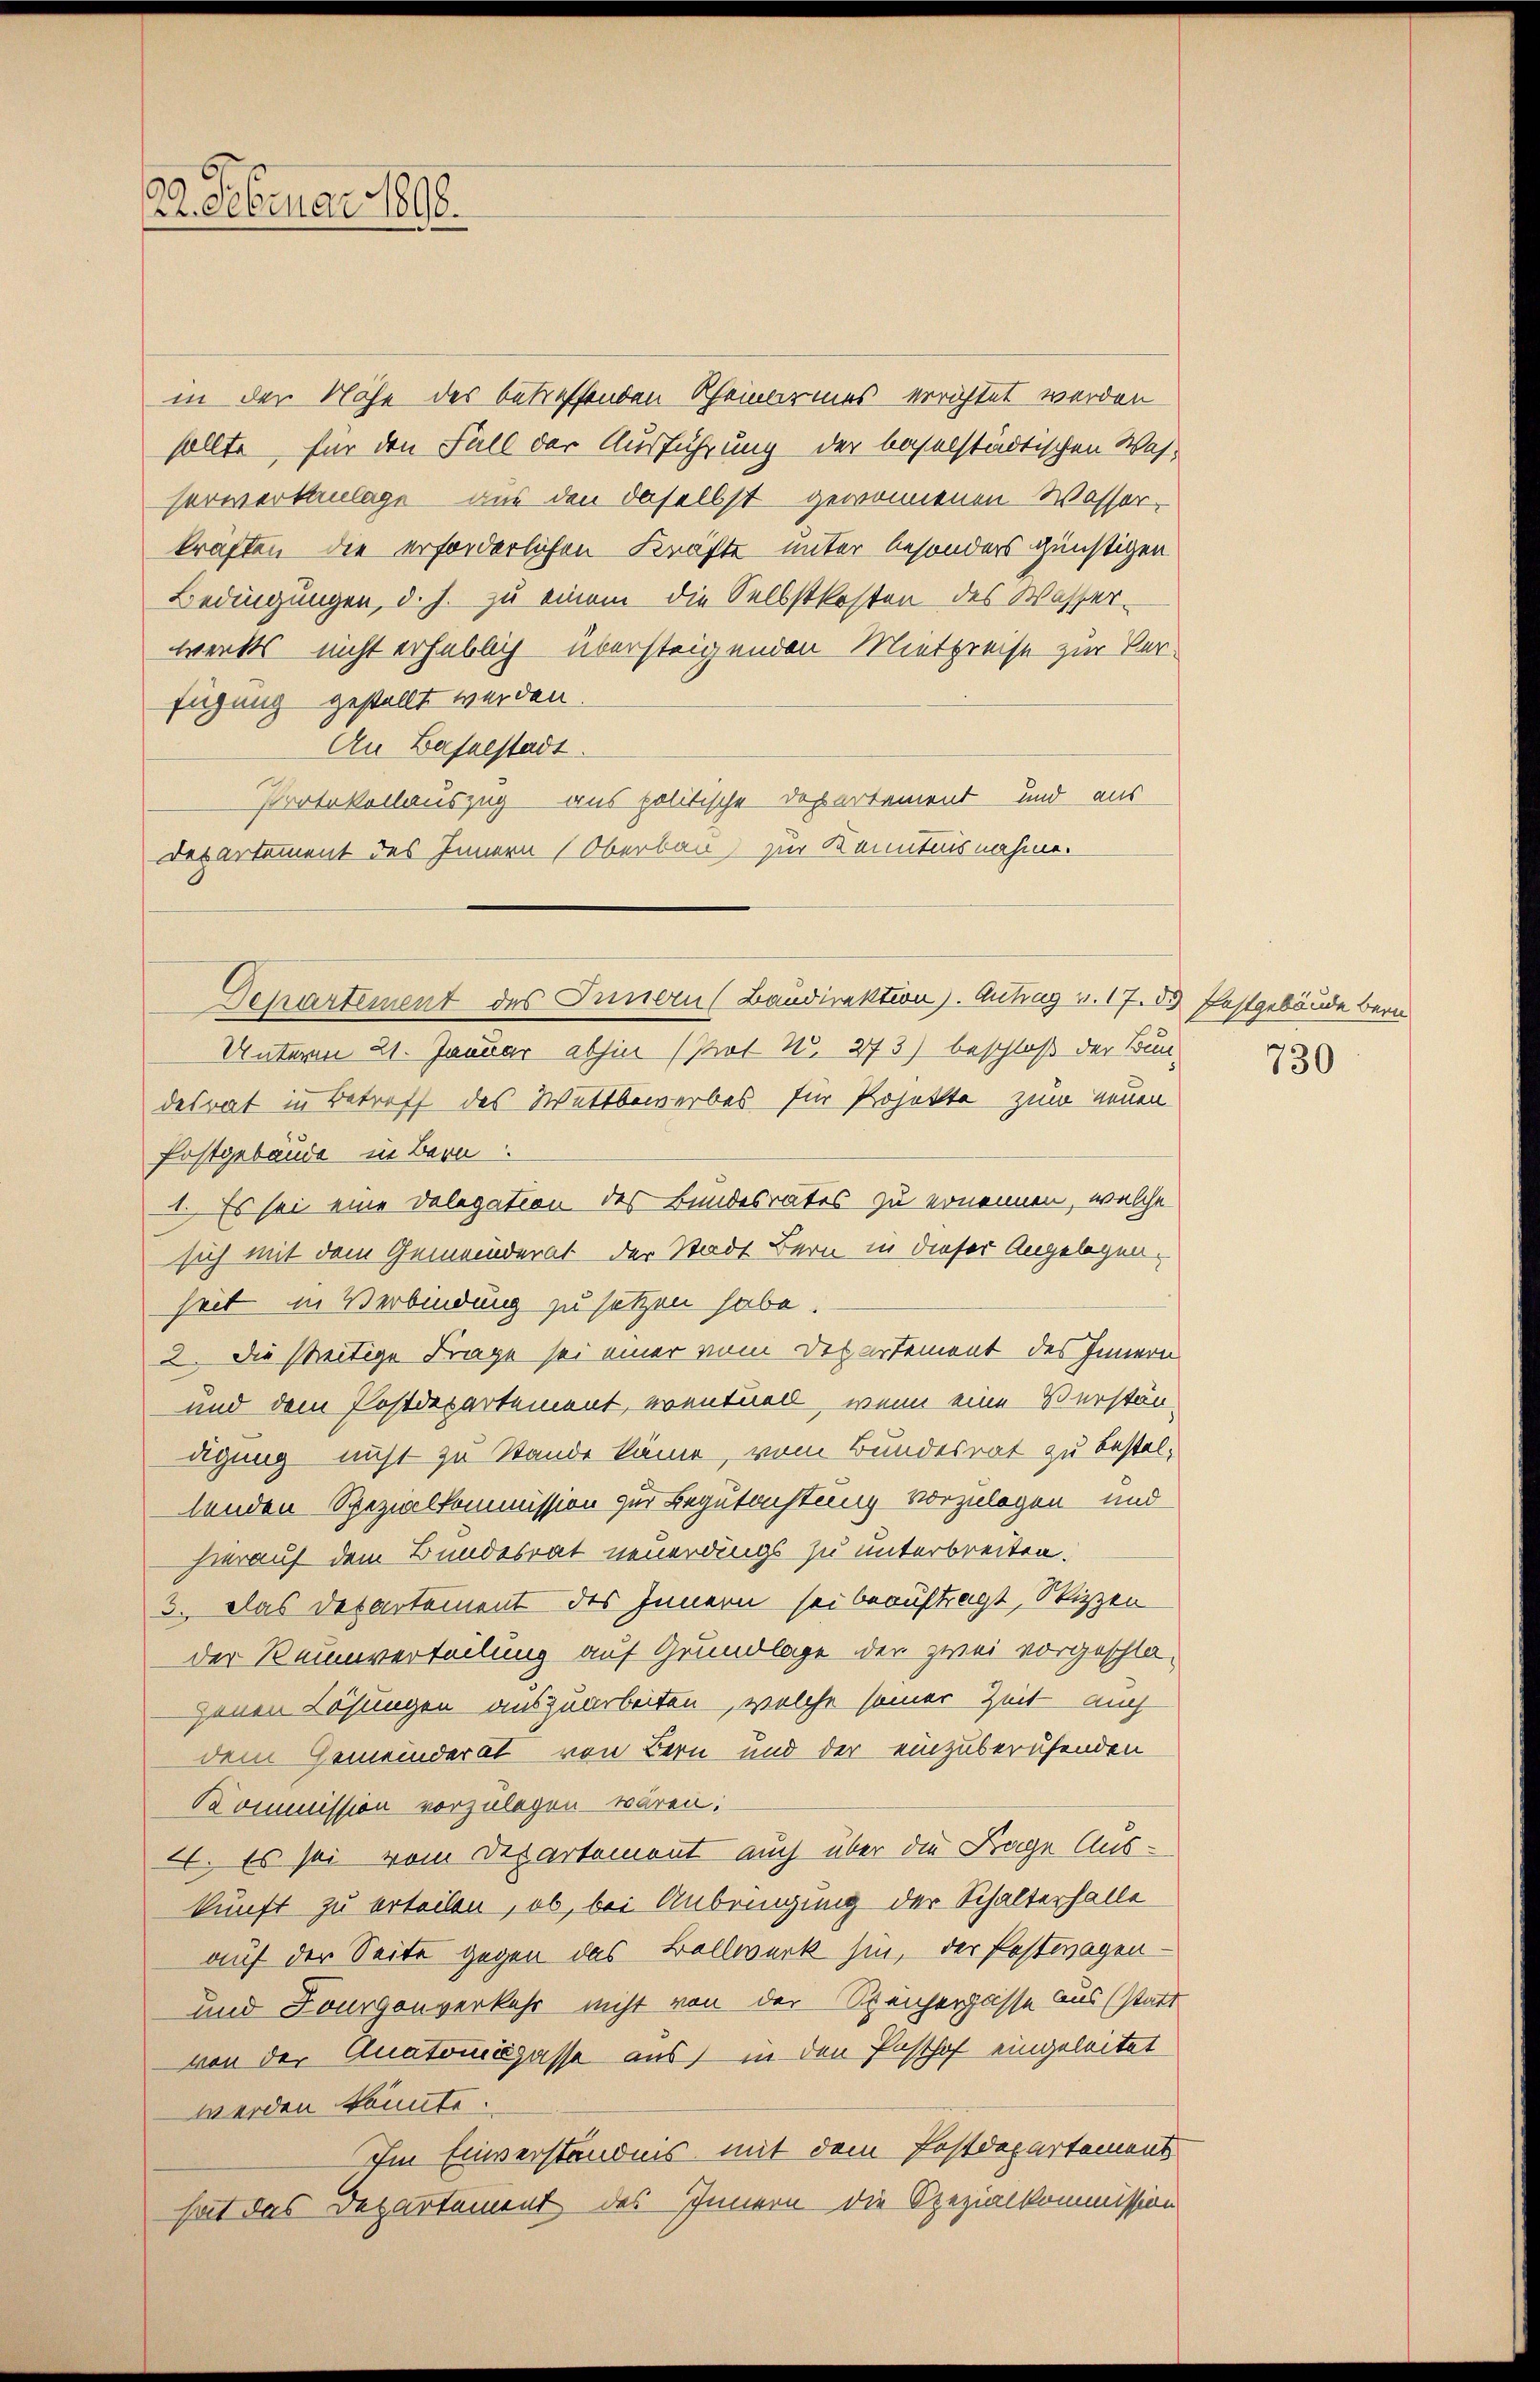
22. Februar 1890.

in der Nähe des betreffenden Rheinbarmes errichtet werden
sollte, für den Fall der Ausführung der baselstädtischen Wasserwerkanlage und den daselbst gewonnenen Wasser-
kraften die erforderlichen Kräfte unter besonders günstigen
Bedingungen, d. J. zu einem die Selbstkosten des Wasser-
werks nicht erheblich übersteigenden Mintpreise zur Verfügung gestellt werden.
An Baselstadt.
Protokollauszug aus politische Departement und aus
Departement des Innern Oberbau zur Kenntnisnahme.

Departement des Innern (Baudirektion). Antrag v. 17. 85 festgebäude bern

Unterm 21. Januar abhin (Prot N. 273) beschloß der Bundesrat in Betreff des Wettbewerbes für Projekte zum neuen
Postgebäude in Bern
1. Es sei eine Delegation des Bundesrates zu ernennen, welche
sich mit dem Gemeinderat der Stadt Bern in dieser Angelegen-
heit in Verbindung zu setzen habe
2. Die seitige Frage sei einer vom Departement des Innern
und dem Postdepartement, eventuel, wenn eine Verstän-
digung nicht zu Stande käme, vom Bundesrat zu bestellenden Spezialkommission zur Begutachtung vorzulegen und
hierauf dem Bundesrat neuerdings zu unterbreiten.
3. Das Departement des Innern sei beauftragt, Stizzen
der Raumverteilung auf Grundlage der zwei vorgeschlajenen Lösungen auszuarbeiten, welche seiner Zeit auch
dem Gemeinderat von Bern und der einzuberufenden
Kommission vorzulegen wären.
4. Es sei vom Departemont auch über die Frage Auskunft zu erteilen, ob, bei Anbringung der Schalterhalle
auf der Seite gegen das Bollwerk hin, der Postwagen¬
und Lourgouverkehr nicht von der Speicherpasse aus (statt
von der Anatomipasse aus, in den Pasthof eingeleitet
werden könnte.
Im Einverständnis mit dem Postdepartement
hat das Departement des Innern die Spezialkommission

730